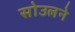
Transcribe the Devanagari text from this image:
सोउलने